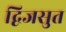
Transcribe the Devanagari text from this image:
द्विजसुत